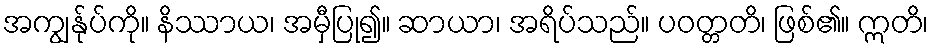
အကျွန်ုပ်ကို။ နိဿာယ၊ အမှီပြု၍။ ဆာယာ၊ အရိပ်သည်။ ပဝတ္တတိ၊ ဖြစ်၏။ ဣတိ၊